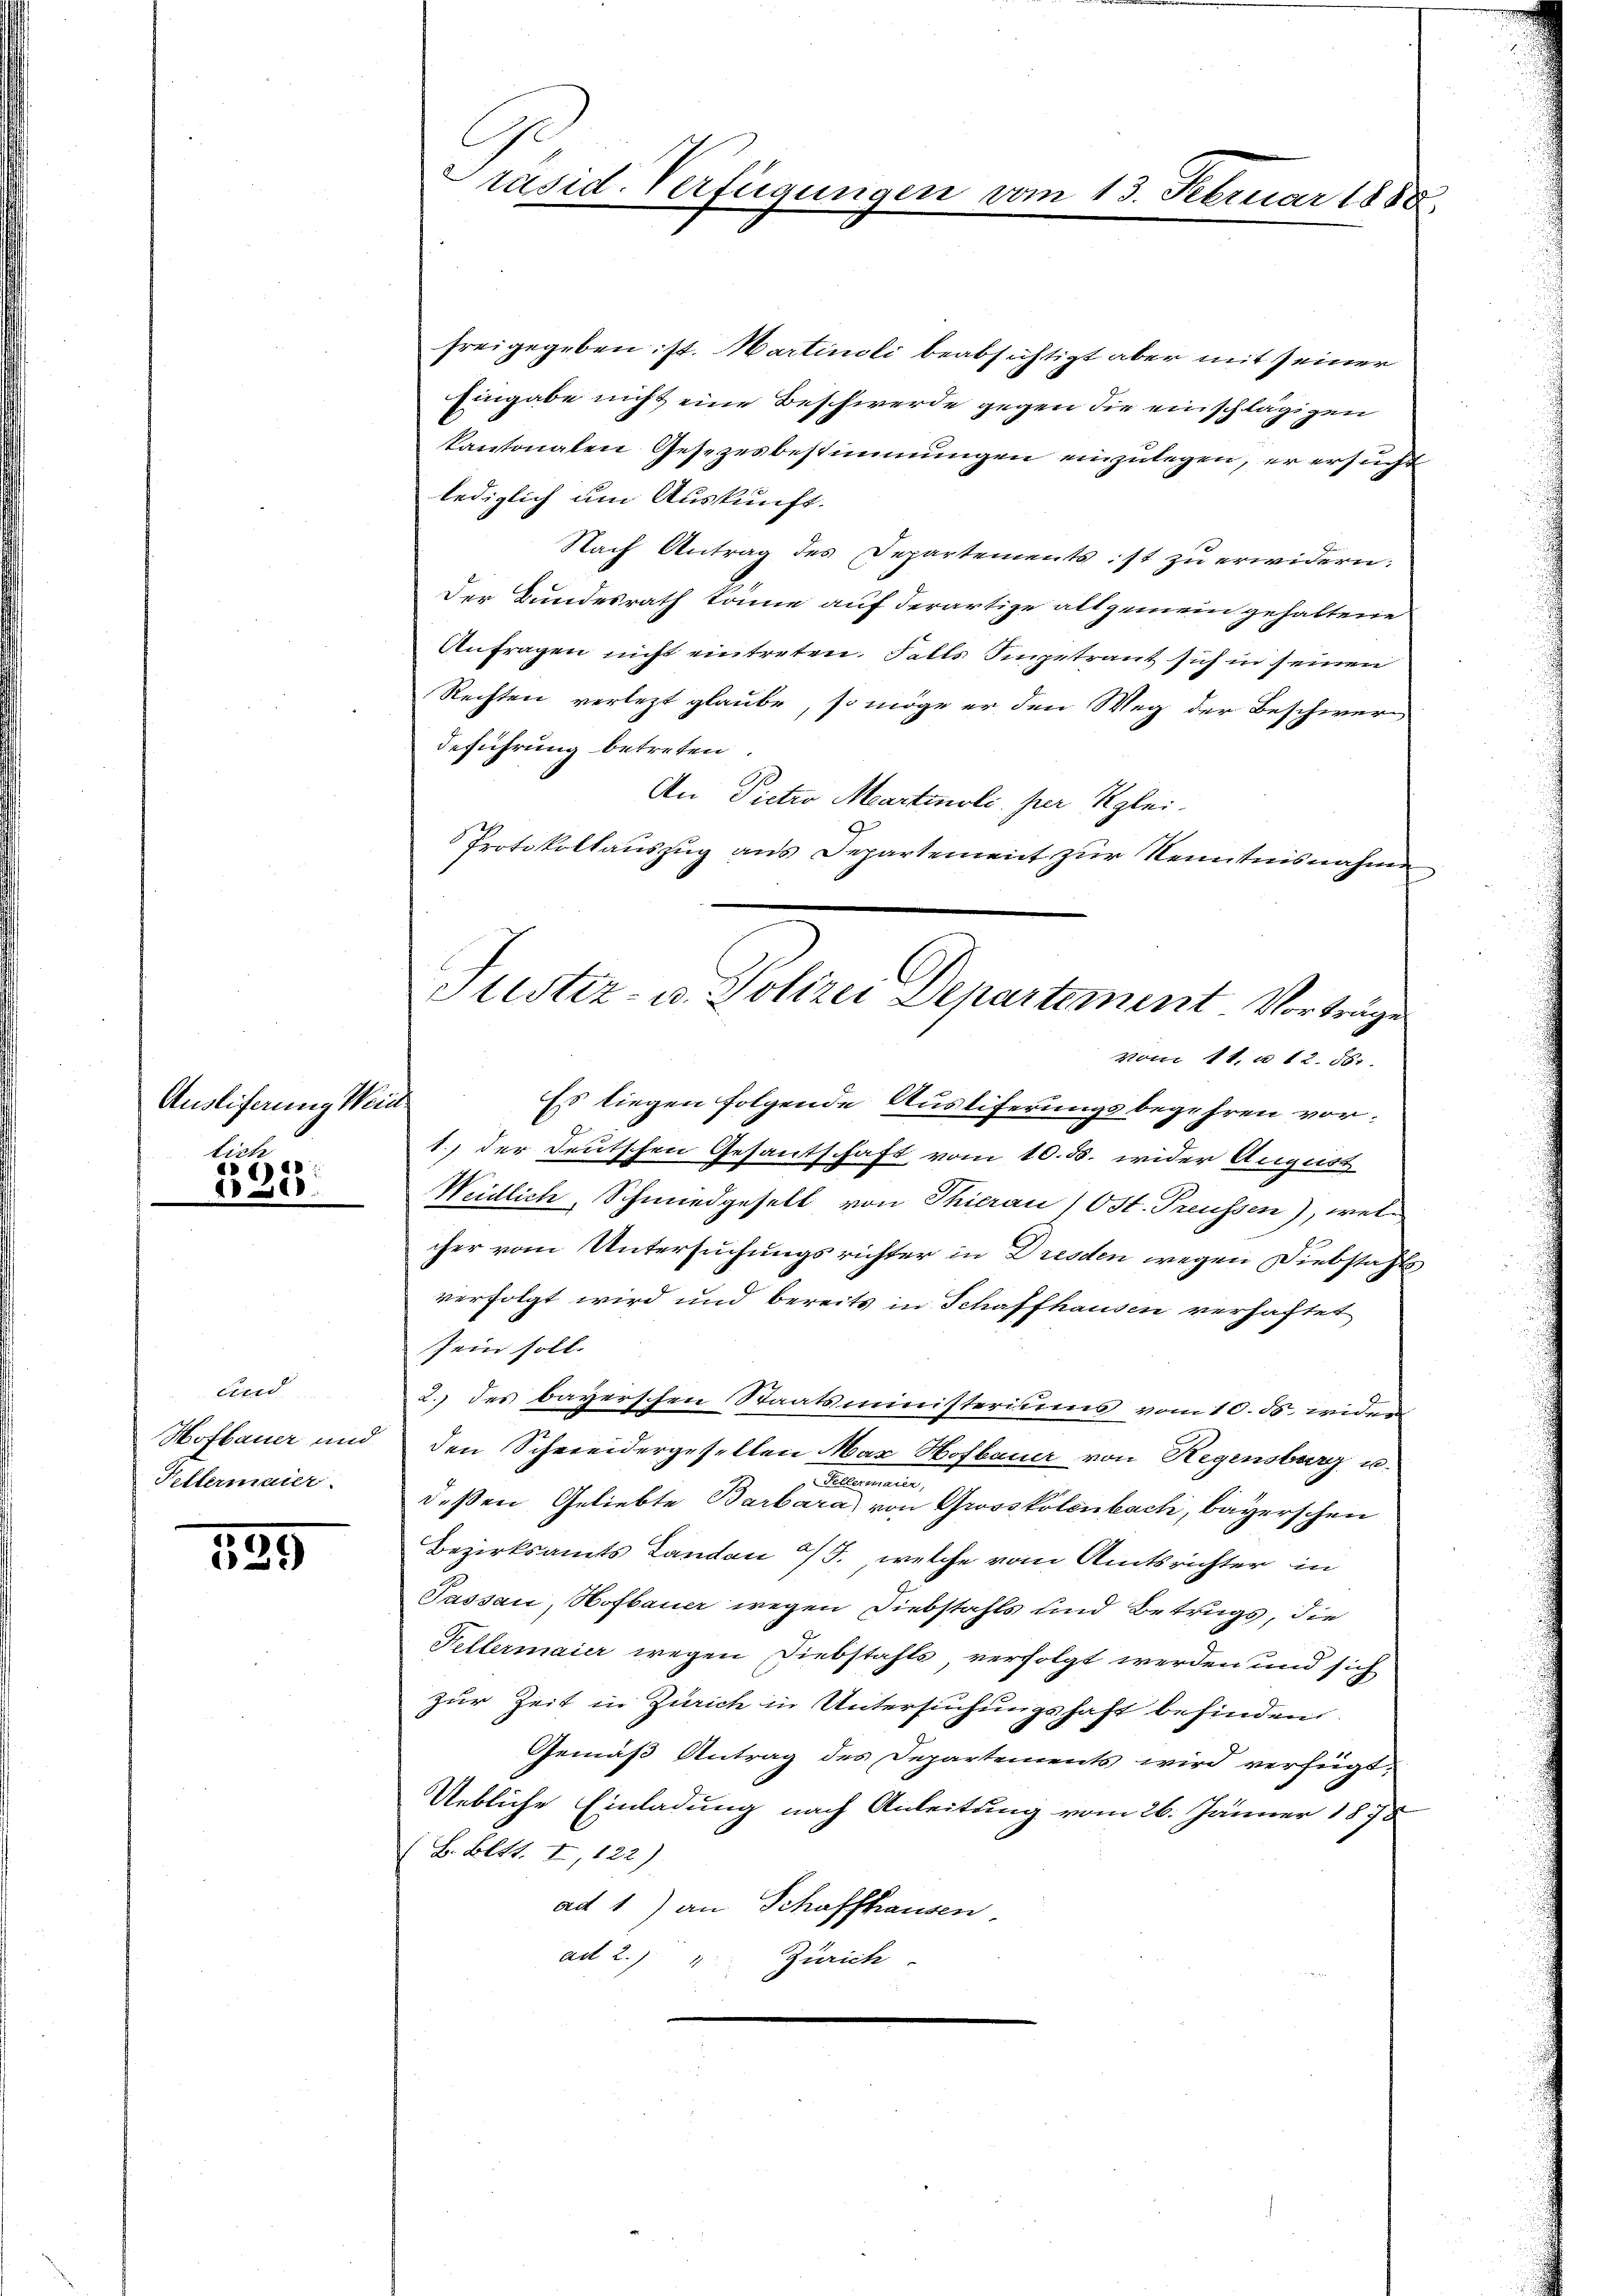
Auslieferung Wein
lich
5

1315.

cund
Tellermaier.

189

C
Präsid. Verfügungen vom 13. Februar 1888.

freigegeben: st. Martinoli beabsichtigt aber mit seiner
Eingabe nicht eine Beschwerde gegen die einschlägigen
kantonalen Gesezesbestimmungen einzulegen, er ersucht
lediglich um Auskunft.
Nach Antrag des Departements ist zu erwidern:
Der Bundesrath könne auf derartige allgemein gehaltene
Anfragen nicht eintreten Falls angetraut sich in seinen
Rechten verletzt glaube, so möge er den Weg der Beschwer
deführung betreten.
An Pietro Martinoli per Kglei¬
Protokollauszug aus Departement zur Kenntnisnahme
1., der Deutschen Gesantschaft vom 10. ds. wider August
Weidlich, Schmiedgesell von Thierau 1 Ost. Preussen), welcher vom Untersuchungsrichter in Dresden wegen Diebstahls
verfolgt wird und bereits in Schaffhausen verhaftet
sein soll.
2.) des bayerschen Staatsministeriums vom 10. ds. wider
Hofbauer und den Schweidergesellen Mar Hofbauer von Regensburg u.
Salemanier
deßen Geliebte Barbara von Grosskolenbach, Bayerschen
Bezirksamts Landon 15., welche vom Amtsrichter in
Passau, Hofbauer wegen Diebstahls und Betrags, die
Fellermaier wegen Diebstahls verfolgt werden und sich
zur Zeit in Zürich in Untersuchungshaft befinden
Gemäß Antrag des Departements wird verfügt:
Uebliche Einladung nach Anleitung vom 26. Jänner 1878
B. Bett. I, 122)
ad 1) an Schaffhausen
ad 2. 17
Zürich

Justiz- u. Polizei Departement. Vorträge
vom 11. u 12. 58.
Es liegen folgende Austiferungsbegehren vor.